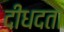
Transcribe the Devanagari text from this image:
दीधदता